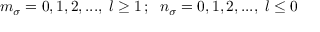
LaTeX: m _ { \sigma } = 0 , 1 , 2 , . . . , \; l \geq 1 \, ; \; \; n _ { \sigma } = 0 , 1 , 2 , . . . , \; l \leq 0